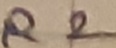
Text: R2